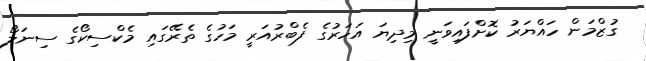
ގުޒްމަން ހައްޔަރު ކޮށްފައިވަނީ މިދިޔަ އަހަރުގެ ފެބްރުއަރީ މަހުގެ ތެރޭގައި މެކްސިކޯގެ ސިނަލޯ